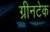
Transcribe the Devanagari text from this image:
ग्रीनटेक